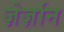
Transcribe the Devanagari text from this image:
ज़ेर्ज़ान